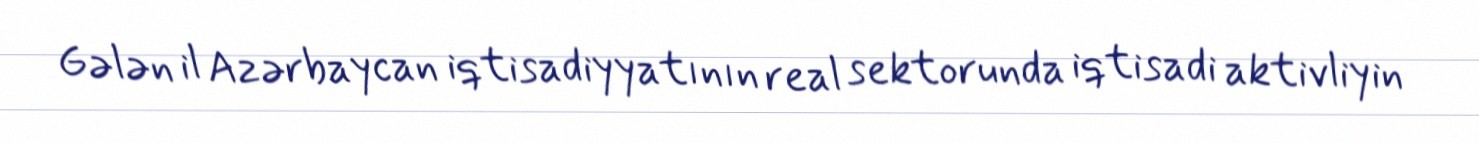
Gələn il Azərbaycan iqtisadiyyatının real sektorunda iqtisadi aktivliyin